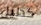
كدليل